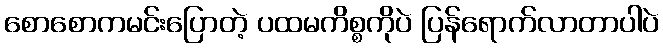
စောစောကမင်းပြောတဲ့ ပထမကိစ္စကိုပဲ ပြန်ရောက်လာတာပါပဲ